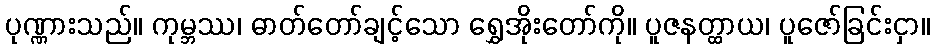
ပုဏ္ဏားသည်။ ကုမ္ဘဿ၊ ဓာတ်တော်ချင့်သော ရွှေအိုးတော်ကို။ ပူဇနတ္ထာယ၊ ပူဇော်ခြင်းငှာ။